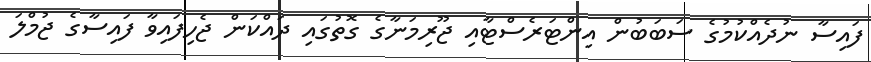
ފައިސާ ނުދެއްކުމުގެ ސަބަބުން އިންޓަރެސްޓާއި ޖޫރިމަނާގެ ގޮތުގައި ދައްކަން ޖެހިފައިވާ ފައިސާގެ ޖުމްލަ